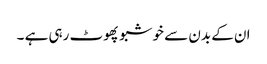
ان کے بدن سے خوشبو پھوٹ رہی ہے ۔